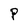
Character: P